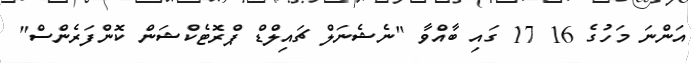
އަންނަ މަހުގެ 16 17 ގައި ބާއްވާ "ނެޝެނަލް ޗައިލްޑް ޕްރޮޓެކްޝަން ކޮންފަރެންސް"